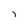
Character: i